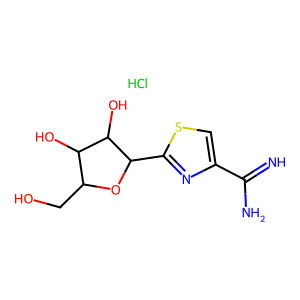
SMILES: Cl.N=C(N)c1csc(C2OC(CO)C(O)C2O)n1
Inhibits HIV replication: No